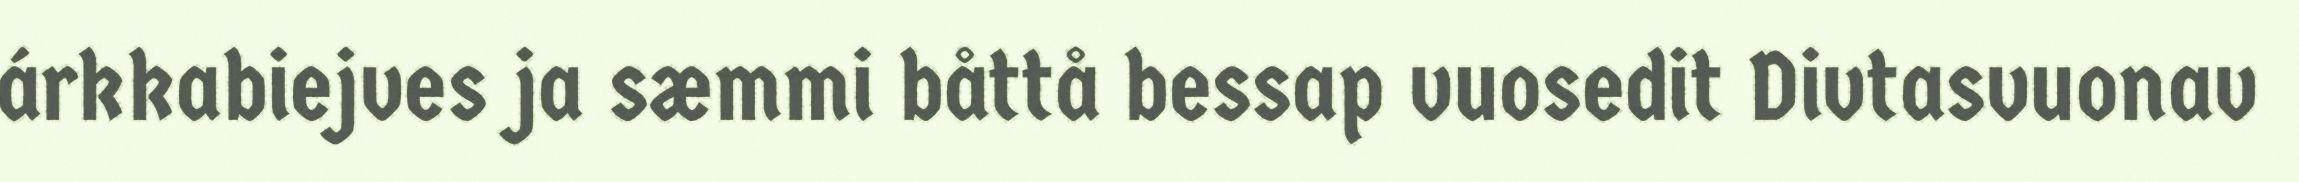
árkkabiejves ja sæmmi båttå bessap vuosedit Divtasvuonav